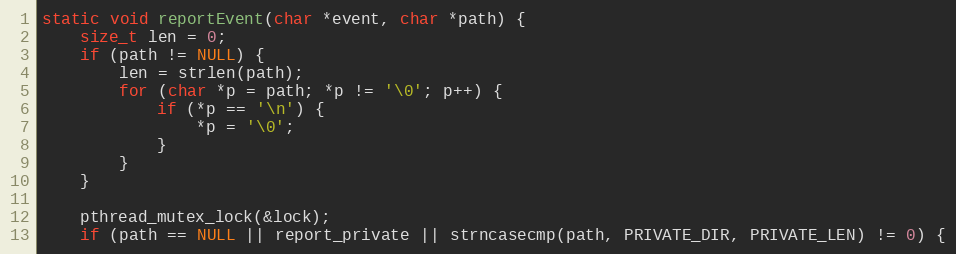
Language: C
static void reportEvent(char *event, char *path) {
    size_t len = 0;
    if (path != NULL) {
        len = strlen(path);
        for (char *p = path; *p != '\0'; p++) {
            if (*p == '\n') {
                *p = '\0';
            }
        }
    }

    pthread_mutex_lock(&lock);
    if (path == NULL || report_private || strncasecmp(path, PRIVATE_DIR, PRIVATE_LEN) != 0) {